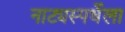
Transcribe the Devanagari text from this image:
नाट्यस्पर्धेला